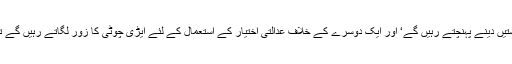
اگر وہ بھاگ بھاگ کر ایک دوسرے کے خلاف درخواستیں دینے پہنچتے رہیں گے‘ اور ایک دوسرے کے خلاف عدالتی اختیار کے استعمال کے لئے ایڑی چوٹی کا زور لگاتے رہیں گے تو پھر ایڑی اور چوٹی دونوں کو نقصان پہنچتا رہے گا۔